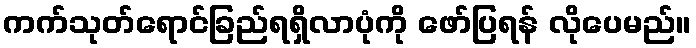
ကက်သုတ်ရောင်ခြည်ရရှိလာပုံကို ဖော်ပြရန် လိုပေမည်။